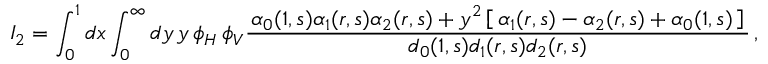
{ \cal I } _ { 2 } = \int _ { 0 } ^ { 1 } d x \int _ { 0 } ^ { \infty } d y \, y \, \phi _ { H } \, \phi _ { V } \frac { \, \alpha _ { 0 } ( 1 , s ) \alpha _ { 1 } ( r , s ) \alpha _ { 2 } ( r , s ) + y ^ { 2 } \left[ \, \alpha _ { 1 } ( r , s ) - \alpha _ { 2 } ( r , s ) + \alpha _ { 0 } ( 1 , s ) \, \right] \, } { d _ { 0 } ( 1 , s ) d _ { 1 } ( r , s ) d _ { 2 } ( r , s ) } \, ,